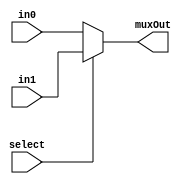
//ShifterAndALU.v

// select 0 = in0 1 = in1
module mux2to1_3bit(input [2:0] in0, input [2:0] in1, input select, output reg [2:0] muxOut);
  //WRITE CODE HERE

  always @ (in0 or in1 or select) muxOut = select ? in1 : in0;

endmodule

// select 0 = in0 1 = in1
module mux2to1_8bit(input [7:0] in0, input [7:0] in1, input select, output reg [7:0] muxOut);
   //WRITE CODE HERE

  always @ (in0 or in1 or select) muxOut = select ? in1 : in0;

endmodule

module mux8to1_1bit(input in0, input in1, input in2, input in3, input in4, input in5, input in6, input in7, input[2:0] select,output reg muxOut);
   //WRITE CODE HERE

	always @* begin
		case (select)
			3'd0 : muxOut = in0;
			3'd1 : muxOut = in1;
			3'd2 : muxOut = in2;
			3'd3 : muxOut = in3;
			3'd4 : muxOut = in4;
			3'd5 : muxOut = in5;
			3'd6 : muxOut = in6;
			3'd7 : muxOut = in7;
		endcase
	end

endmodule

module barrelshifter(input[2:0] shiftAmt, input[7:0] b, input[2:0] oper, output[7:0] shiftOut);
	//WRITE CODE HERE

	wire [7:0] s;
	wire [7:0] r;
	
	wire [2:0] opt0;
	wire [2:0] opt1;
	wire [2:0] opt2;

	mux2to1_3bit m21_3_0(3'd0, oper, shiftAmt[0], opt0);
	mux8to1_1bit m81_1_0(b[0], b[1], b[1], b[1], 1'b0, b[7], , , opt0, s[0]);
	mux8to1_1bit m81_1_1(b[1], b[2], b[2], b[2], b[0], b[0], , , opt0, s[1]);
	mux8to1_1bit m81_1_2(b[2], b[3], b[3], b[3], b[1], b[1], , , opt0, s[2]);
	mux8to1_1bit m81_1_3(b[3], b[4], b[4], b[4], b[2], b[2], , , opt0, s[3]);
	mux8to1_1bit m81_1_4(b[4], b[5], b[5], b[5], b[3], b[3], , , opt0, s[4]);
	mux8to1_1bit m81_1_5(b[5], b[6], b[6], b[6], b[4], b[4], , , opt0, s[5]);
	mux8to1_1bit m81_1_6(b[6], b[7], b[7], b[7], b[5], b[5], , , opt0, s[6]);
	mux8to1_1bit m81_1_7(b[7], b[7], 1'b0, b[0], b[6], b[6], , , opt0, s[7]);
	
	mux2to1_3bit m21_3_1(3'd0, oper, shiftAmt[1], opt1);
	mux8to1_1bit m81_1_8(s[0], s[2], s[2], s[2], 1'b0, s[6], , , opt1, r[0]);
	mux8to1_1bit m81_1_9(s[1], s[3], s[3], s[3], 1'b0, s[7], , , opt1, r[1]);
	mux8to1_1bit m81_1_10(s[2], s[4], s[4], s[4], s[0], s[0], , , opt1, r[2]);
	mux8to1_1bit m81_1_11(s[3], s[5], s[5], s[5], s[1], s[1], , , opt1, r[3]);
	mux8to1_1bit m81_1_12(s[4], s[6], s[6], s[6], s[2], s[2], , , opt1, r[4]);
	mux8to1_1bit m81_1_13(s[5], s[7], s[7], s[7], s[3], s[3], , , opt1, r[5]);
	mux8to1_1bit m81_1_14(s[6], s[7], 1'b0, s[0], s[4], s[4], , , opt1, r[6]);
	mux8to1_1bit m81_1_15(s[7], s[7], 1'b0, s[1], s[5], s[5], , , opt1, r[7]);
	
	mux2to1_3bit m21_3_2(3'd0, oper, shiftAmt[2], opt2);
	mux8to1_1bit m81_1_16(r[0], r[4], r[4], r[4], 1'b0, r[4], , , opt2, shiftOut[0]);
	mux8to1_1bit m81_1_17(r[1], r[5], r[5], r[5], 1'b0, r[5], , , opt2, shiftOut[1]);
	mux8to1_1bit m81_1_18(r[2], r[6], r[6], r[6], 1'b0, r[6], , , opt2, shiftOut[2]);
	mux8to1_1bit m81_1_19(r[3], r[7], r[7], r[7], 1'b0, r[7], , , opt2, shiftOut[3]);
	mux8to1_1bit m81_1_20(r[4], r[7], 1'b0, r[0], r[0], r[0], , , opt2, shiftOut[4]);
	mux8to1_1bit m81_1_21(r[5], r[7], 1'b0, r[1], r[1], r[1], , , opt2, shiftOut[5]);
	mux8to1_1bit m81_1_22(r[6], r[7], 1'b0, r[2], r[2], r[2], , , opt2, shiftOut[6]);
	mux8to1_1bit m81_1_23(r[7], r[7], 1'b0, r[3], r[3], r[3], , , opt2, shiftOut[7]);

endmodule

// Alu operations are: 00 for alu1, 01 for add, 10 for sub(alu1-alu2) , 11 for AND, 100 for OR and 101 for NOT(alu1)
module alu(input [7:0] aluIn1, input [7:0] aluIn2, input [2:0]aluOp, output reg [7:0] aluOut);
	//WRITE CODE HERE

	always @* begin
		case (aluOp)
			3'd0 : aluOut = aluIn1;
			3'd1 : aluOut = aluIn1+aluIn2;
			3'd2 : aluOut = aluIn1-aluIn2;
			3'd3 : aluOut = aluIn1&aluIn2;
			3'd4 : aluOut = aluIn1|aluIn2;
			3'd5 : aluOut = ~aluIn1;
		endcase
	end

endmodule


module shifterAndALU(input [7:0]inp1, input [7:0] inp2, input [2:0]shiftlmm, input selShiftAmt, input [2:0]oper, input selOut, output [7:0] out);
	//WRITE CODE HERE

	wire [2:0] shiftAmt;
	wire [7:0] shiftOut;
	wire [7:0] aluOut;

	alu alu0(inp1, inp2, oper, aluOut);
	mux2to1_3bit m21_3_0(inp2[2:0], shiftlmm, selShiftAmt, shiftAmt);
	barrelshifter bs0(shiftAmt, inp1, oper, shiftOut);
	mux2to1_8bit m21_8_0(aluOut, shiftOut, selOut, out);

endmodule

//TestBench ALU
module testbenchALU();
	// Input
	reg [7:0] inp1, inp2;
	reg [2:0] aluOp;
	reg [2:0] shiftlmm;
	reg selShiftAmt, selOut;
	// Output
	wire [7:0] aluOut;

	shifterAndALU shifterAndALU_Test (inp1, inp2, shiftlmm, selShiftAmt, aluOp, selOut, aluOut);

	initial
		begin
			$dumpfile("testALU.vcd");
     	$dumpvars(0,testbenchALU);
			inp1 = 8'd80; //80 in binary is 1010000
			inp2 = 8'd20; //20 in binary is 10100   
			shiftlmm = 3'b010; 
			
			aluOp=3'd0; selOut = 1'b0;// normal output = 80

			#10 aluOp = 3'd0; selOut = 1'b1; selShiftAmt = 1'b1; //No shift output = 80

			#10 aluOp=3'd1; selOut = 1'b0;// normal add	output => 20 + 80 = 100

			#10 aluOp = 3'd1; selOut = 1'b1; selShiftAmt = 1'b1; // arithmetic shift right of 80 by 2 places = 20

			#10 aluOp=3'd2; selOut = 1'b0; // normal sub output => 80 - 20 = 60

			#10 aluOp = 3'd2; selOut = 1'b1; selShiftAmt = 1'b0; // logical shift right of 80 by 4 places = 0

			#10 aluOp=3'd3; selOut = 1'b0;// normal and output => 80 & 20 = 16

			#10 aluOp = 3'd3; selOut = 1'b1; selShiftAmt = 1'b0; // Circular Shift Right of 80 by 4 places = 5

			#10 aluOp=3'd4; selOut = 1'b0;// normal or output => 80 | 20 = 84

			#10 aluOp = 3'd4; selOut = 1'b1; selShiftAmt = 1'b1; // Logical Shift Left of 80 by 2 bits = 64

			#10 aluOp=3'd5; selOut = 1'b0; // normal not of 80 = 175

			#10 aluOp = 3'd5; selOut = 1'b1; selShiftAmt = 1'b0; // Circular left shift of 80 by 4 bits = 5

			#10 inp1=8'd15; inp2=8'd26; aluOp=3'd2; selOut = 1'b0;//sub overflow 
			// (15 - 26) = -11 and its a 8 bit number so, 256-11 = 245 output => 245 (since it is unsigned decimal)

			#10 inp1=8'd150; inp2=8'd150; aluOp=3'd1; selOut = 1'b0;// add overflow
			//(150+150) = 300 and its a 8 bit number so, 300-256 = 44 output=> 44.

			#10 inp1=8'b0000_0000; aluOp=3'd5; selOut = 1'b0;//not overflow
			// not(0) = all 1. Since its a 8 bit number output=>255

			#10 $finish;
		end

endmodule